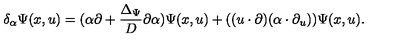
\delta _ { \alpha } \Psi ( x , u ) = ( \alpha \partial + \frac { \Delta _ { \Psi } } { D } \partial \alpha ) \Psi ( x , u ) + ( ( u \cdot \partial ) ( \alpha \cdot \partial _ { u } ) ) \Psi ( x , u ) .